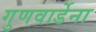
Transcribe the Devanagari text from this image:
गुणवार्डेना